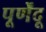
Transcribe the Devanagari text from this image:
पूर्णेंदू